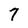
Character: 7